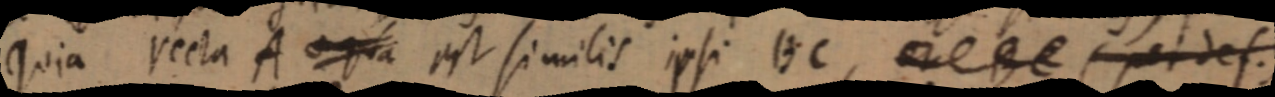
quia recta A _ est similis ipsi BC, _ (per def.